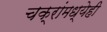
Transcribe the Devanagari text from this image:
चक्रांमध्येही